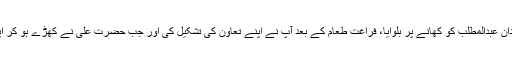
۲- اسی دعوت عام کی مہم کا دوسرا قدم جو حضورﷺ نے اٹھایا وہ وہ ہے جب آپﷺ نے تمام خاندان عبدالمطلب کو کھانے پر بلوایا، فراغت طعام کے بعد آپ نے اپنے تعاون کی تشکیل کی اور جب حضرت علی نے کھڑے ہو کر اپنے تعاون کا اعلان کیا تو تمام سرداران قہقہہ لگانے لگے، لیکن پھر بھی حضور نے سکوت کیا۔